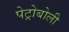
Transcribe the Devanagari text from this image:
पेट्रोबोली